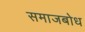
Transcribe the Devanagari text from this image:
समाजबोध